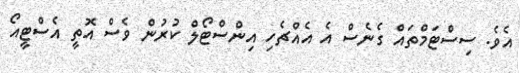
އެވެ. ސިސްޓަމްތައް ގެނެސް އެ އެއްޗެހި އިންސްޓޯލް ކުރުން ވެސް އޮތީ އެސްޓީއޯ